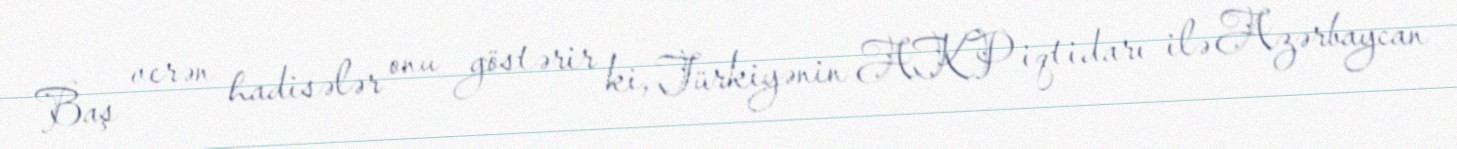
Baş verən hadisələr onu göstərir ki, Türkiyənin AKP iqtidarı ilə Azərbaycan